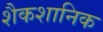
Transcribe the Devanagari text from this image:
शैकशानिक